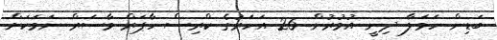
ބަޑިން ހަމަލާ ދިނީ އުމުރުން 26 އަހަރުގެ ކްރިސް ހާޕަރް މާސަރް ނަމަކަށް